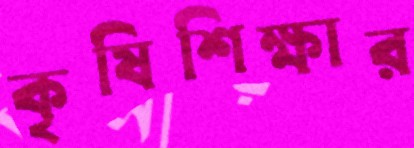
কৃষিশিক্ষার